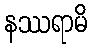
နဿရာမိ